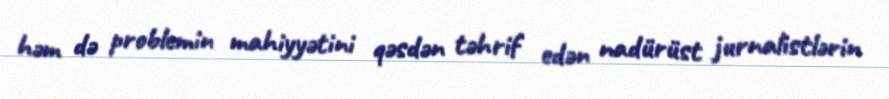
həm də problemin mahiyyətini qəsdən təhrif edən nadürüst jurnalistlərin